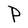
Character: P